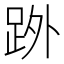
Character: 𮛒